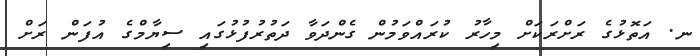
ނ. އަތޮޅުގެ ރަށްރަކަށް މިހާރު ކުރައްވަމުން ގެންދަވާ ދަތުރުފުޅުގައި ސިޔާމްގެ އުފަން ރަށް